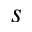
s